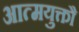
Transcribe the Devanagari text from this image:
आत्मयुक्तौ